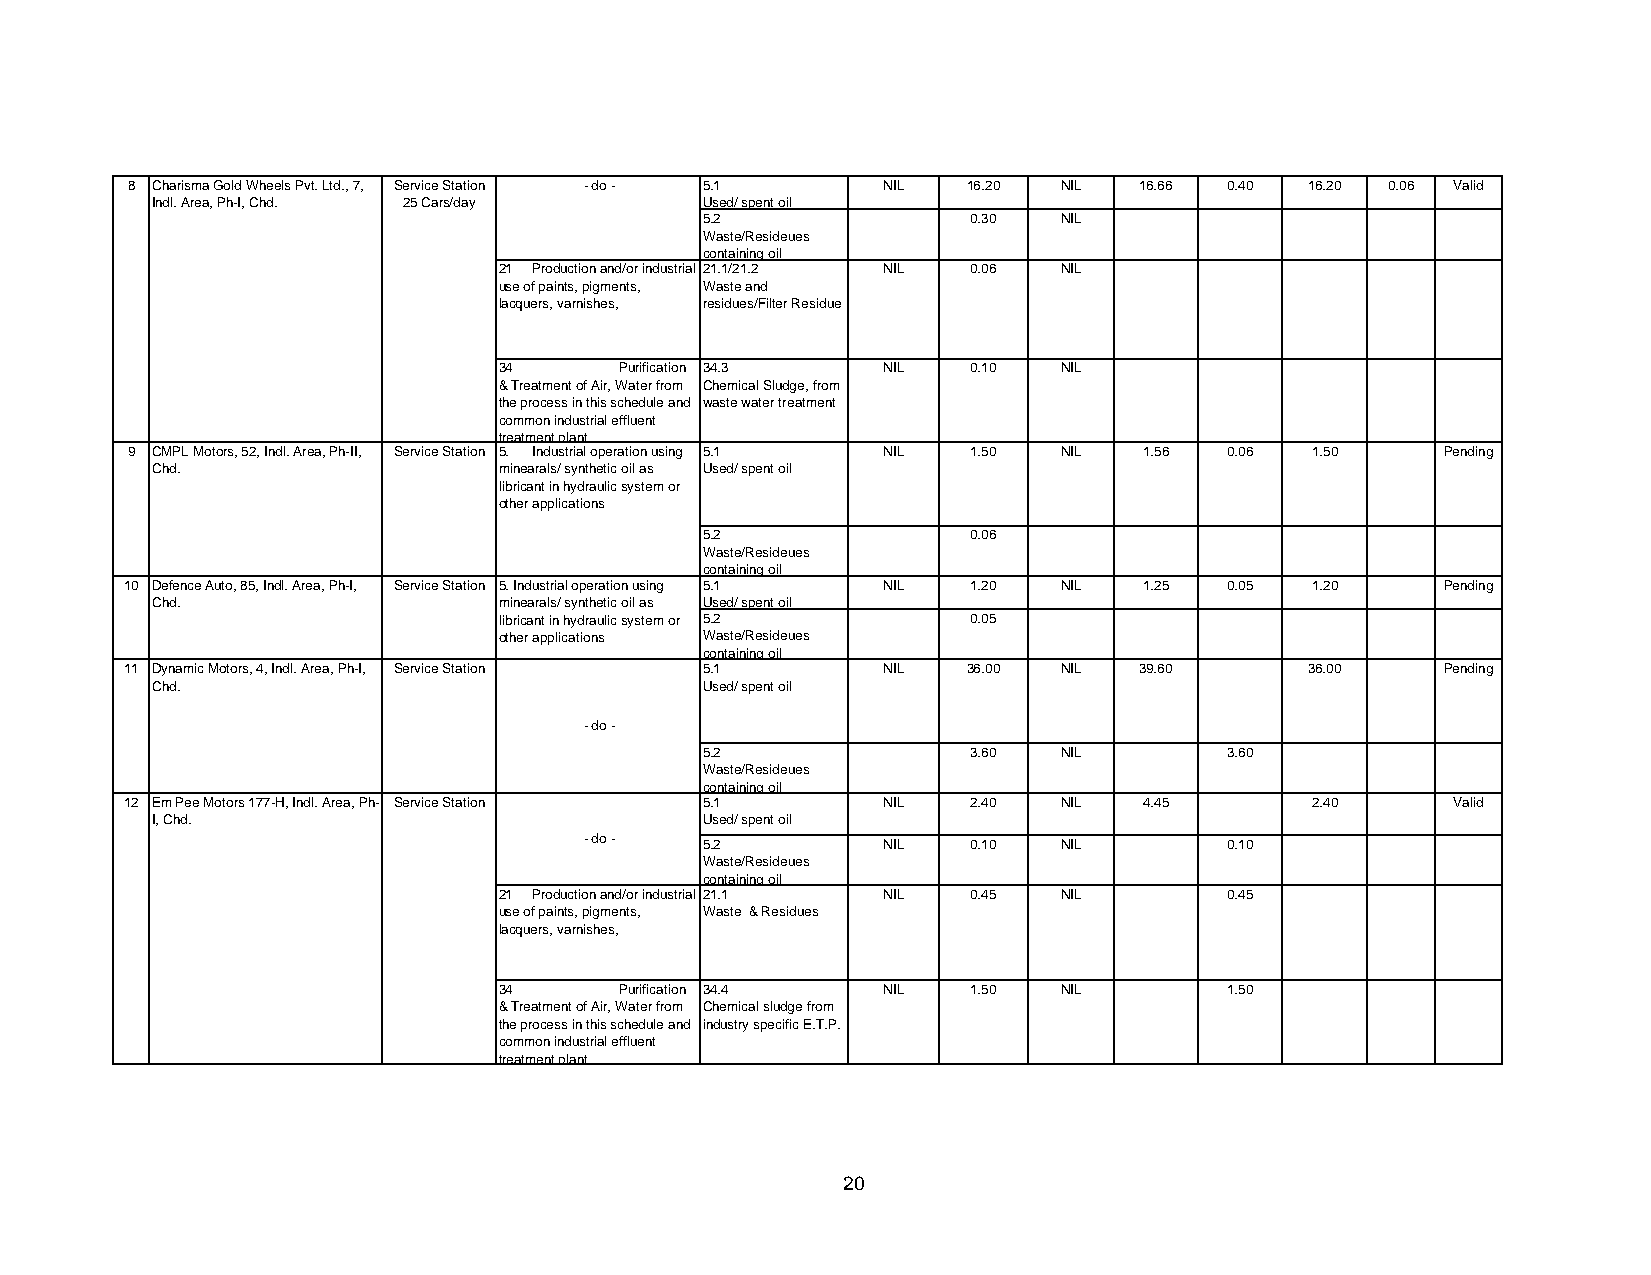
8 Charisma Gold Wheels Pvt. Ltd., 7, Service Station - do - 5.1 NIL 16.20 NIL 16.66 0.40 16.20 0.06 Valid
 Indl. Area, Ph-I, Chd. 25 Cars/day   Used/ spent oil
 5.2              0.30  NIL
 Waste/Resideues
 containing oil
 21 Production and/or industrial 21.1/21.2 NIL 0.06 NIL
 use of paints, pigments, Waste and
 lacquers, varnishes, residues/Filter Residue
 34      Purification 34.3 NIL  0.10  NIL
 & Treatment of Air, Water from Chemical Sludge, from
 the process in this schedule and waste water treatment
 common industrial effluent
 treatment plant.
 9 CMPL Motors, 52, Indl. Area, Ph-II, Service Station 5. Industrial operation using 5.1 NIL 1.50 NIL 1.56 0.06 1.50 Pending
 Chd.                   minearals/ synthetic oil as Used/ spent oil
 libricant in hydraulic system or
 other applications
 5.2              0.06
 Waste/Resideues
 containing oil
 10 Defence Auto, 85, Indl. Area, Ph-I, Service Station 5. Industrial operation using 5.1 NIL 1.20 NIL 1.25 0.05 1.20 Pending
 Chd.                   minearals/ synthetic oil as Used/ spent oil
 libricant in hydraulic system or 5.2 0.05
 other applications Waste/Resideues
 containing oil
 11 Dynamic Motors, 4, Indl. Area, Ph-I, Service Station 5.1 NIL 36.00 NIL 39.60 36.00   Pending
 Chd.                                 Used/ spent oil
 - do -
 5.2              3.60  NIL        3.60
 Waste/Resideues
 containing oil
 12 Em Pee Motors 177-H, Indl. Area, Ph- Service Station 5.1 NIL 2.40 NIL 4.45  2.40     Valid
 I, Chd.                              Used/ spent oil
 - do -  5.2        NIL   0.10  NIL        0.10
 Waste/Resideues
 containing oil
 21 Production and/or industrial 21.1 NIL 0.45 NIL 0.45
 use of paints, pigments, Waste & Residues
 lacquers, varnishes,
 34      Purification 34.4 NIL  1.50  NIL        1.50
 & Treatment of Air, Water from Chemical sludge from
 the process in this schedule and industry specific E.T.P.
 common industrial effluent
 treatment plant.
 20